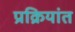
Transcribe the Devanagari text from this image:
प्रक्रियांत